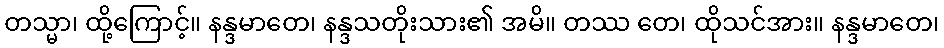
တသ္မာ၊ ထို့ကြောင့်။ နန္ဒမာတေ၊ နန္ဒသတိုးသား၏ အမိ။ တဿ တေ၊ ထိုသင်အား။ နန္ဒမာတေ၊